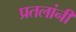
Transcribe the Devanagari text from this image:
प्रतलांनी